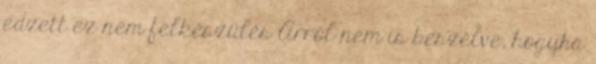
edzett ez nem felkészülés Arról nem is beszélve, hogyha